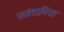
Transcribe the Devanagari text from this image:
सांतानिया